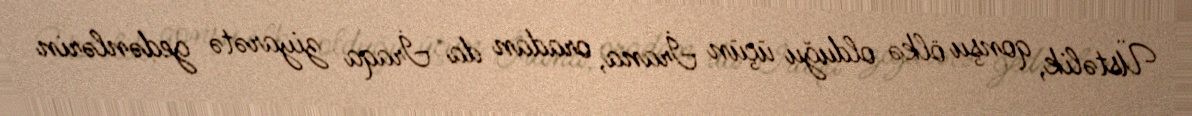
Üstəlik, qonşu ölkə olduğu üçün İrana, oradan da İraqa ziyarətə gedənlərin